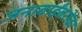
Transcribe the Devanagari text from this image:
जनाबाईंबरोबर